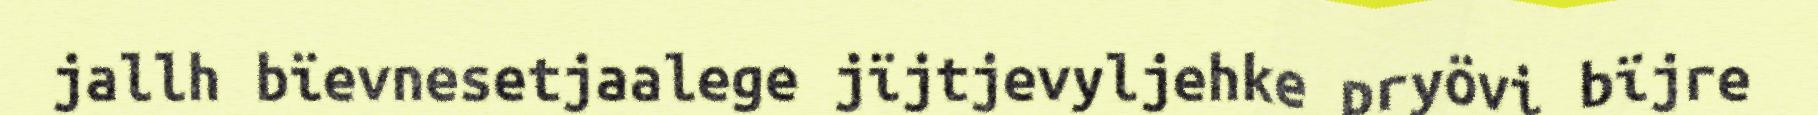
jallh bïevnesetjaalege jïjtjevyljehke pryövi bïjre